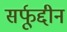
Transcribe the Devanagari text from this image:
सर्फूद्दीन